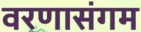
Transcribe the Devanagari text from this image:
वरणासंगम